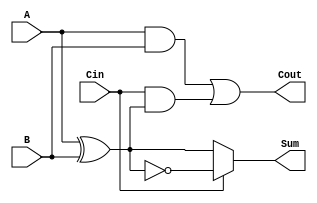
module ConditionalSumFullAdder (
    input wire A,      // First input bit
    input wire B,      // Second input bit
    input wire Cin,    // Carry-in bit
    output wire Sum,   // Resulting sum bit
    output wire Cout   // Carry-out bit
);

    // Intermediate signals
    wire AxorB;        // A XOR B
    wire AxorB_not;    // NOT (A XOR B)
    wire A_and_B;      // A AND B
    wire Cin_and_AxorB; // Cin AND (A XOR B)

    // Compute A XOR B
    assign AxorB = A ^ B;

    // Compute NOT (A XOR B)
    assign AxorB_not = ~AxorB;

    // Compute A AND B
    assign A_and_B = A & B;

    // Compute Cin AND (A XOR B)
    assign Cin_and_AxorB = Cin & AxorB;

    // Sum calculation based on Cin
    assign Sum = (Cin == 1'b0) ? AxorB : AxorB_not;

    // Carry-out calculation
    assign Cout = A_and_B | Cin_and_AxorB;

endmodule